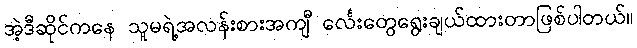
အဲ့ဒီဆိုင်ကနေ သူမရဲ့အလန်းစားအကျီ င်္လေးတွေရွေးချယ်ထားတာဖြစ်ပါတယ်။